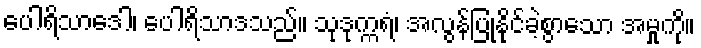
ပေါရိသာဒေါ၊ ပေါရိသာဒသည်။ သုဒုက္ကရံ၊ အလွန်ပြုနိုင်ခဲ့စွာသော အမှုကို။